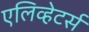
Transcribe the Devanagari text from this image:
एलिव्हेटर्स